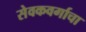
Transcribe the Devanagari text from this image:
सेवकवर्गाचा